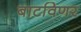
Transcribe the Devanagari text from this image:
बाटविणर